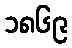
၁၈၆၉